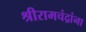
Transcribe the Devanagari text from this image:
श्रीरामचंद्रांना